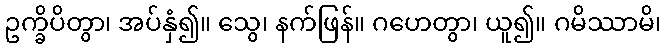
ဥက္ခိပိတွာ၊ အပ်နှံ၍။ သွေ၊ နက်ဖြန်။ ဂဟေတွာ၊ ယူ၍။ ဂမိဿာမိ၊